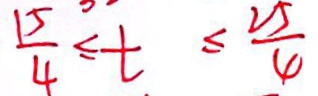
\frac { 1 5 } { 4 } \leq t \leq \frac { 2 5 } { 4 }